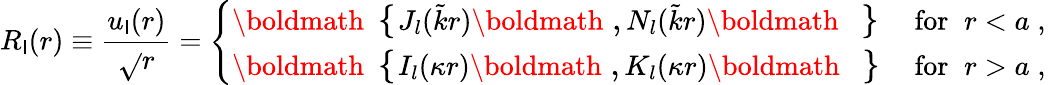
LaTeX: R_{\mathsf{l}}(r)\equiv\frac{{u_{\mathsf{l}}(r)}}{{\sqrt{}{{r}}}}=\left\{ \begin{array}{lr}{{\mathrm{\boldmath\large~\left\{ ~\right.~}\! \! \! J_{l}(\tilde{k}r)\mathrm{\boldmath\large~,~}\! \! N_{l}(\tilde{k}r)\mathrm{\boldmath\large~\left.~\right\} ~}\! \! \; }}&{{\textrm{for}\; \; r<a\; ,}}\\ {{\mathrm{\boldmath\large~\left\{ ~\right.~}\! \! \! I_{l}(\kappa r)\mathrm{\boldmath\large~,~}\! \! K_{l}(\kappa r)\mathrm{\boldmath\large~\left.~\right\} ~}\! \! \; }}&{{\textrm{for}\; \; r>a\; ,}}\end{array}\right.\; \;